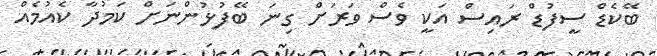
ބޭކެޑް ސީފުޑް ރައިސް އަކީ ވެސް ވަރަށް ގިނަ ބޭފުޅުންނަށް ކަމުދާ ކެއުމެއް